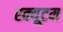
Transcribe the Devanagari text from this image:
स्क्यूटम